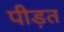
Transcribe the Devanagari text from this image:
पीड़त